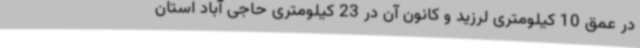
در عمق 10 کیلومتری لرزید و کانون آن در 23 کیلومتری حاجی آباد استان